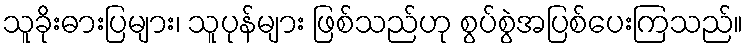
သူခိုးဓားပြများ၊ သူပုန်များ ဖြစ်သည်ဟု စွပ်စွဲအပြစ်ပေးကြသည်။